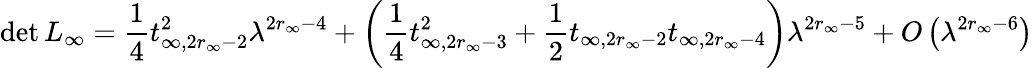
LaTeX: \operatorname*{det}L_{\infty}=\frac{1}{4}t_{\infty,2r_{\infty}-2}^{2}\lambda^{2r_{\infty}-4}+\left(\frac{1}{4}t_{\infty,2r_{\infty}-3}^{2}+\frac{1}{2}t_{\infty,2r_{\infty}-2}t_{\infty,2r_{\infty}-4}\right)\lambda^{2r_{\infty}-5}+O\left(\lambda^{2r_{\infty}-6}\right)